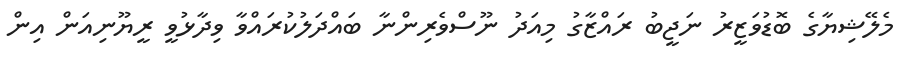
މެލޭޝިޔާގެ ބޮޑުވަޒީރު ނަޖީބު ރައްޒާގު މިއަދު ނޫސްވެރިންނާ ބައްދަލުކުރައްވާ ވިދާޅުވީ ރީޔޫނިއަން އިން